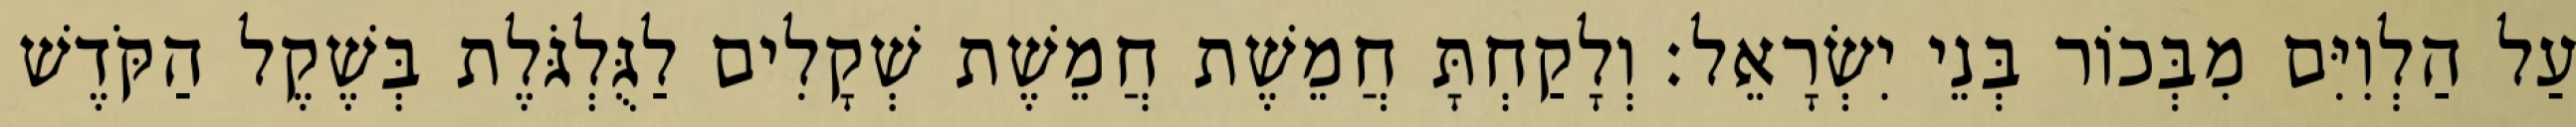
עַל הַלְוִיִּם מִבְּכוֹר בְּנֵי יִשְׂרָאֵל׃ וְלָקַחְתָּ חֲמֵשֶׁת חֲמֵשֶׁת שְׁקָלִים לַגֻּלְגֹּלֶת בְּשֶׁקֶל הַקֹּדֶשׁ